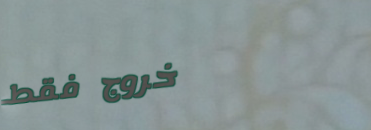
خروج فقط